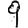
Digit: 9